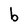
Character: b